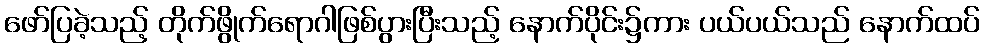
ဖော်ပြခဲ့သည့် တိုက်ဖွိုက်ရောဂါဖြစ်ပွားပြီးသည့် နောက်ပိုင်း၌ကား ပယ်ပယ်သည် နောက်ထပ်